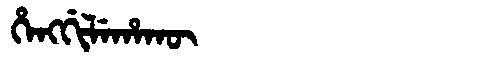
Manchu: ᡥᡝᠩᡤᡳᠯᡝᡥᠠᡴᡡ
Romanization: HENGGILEHAKŪ